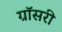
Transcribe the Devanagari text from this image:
ग्रॉसरी